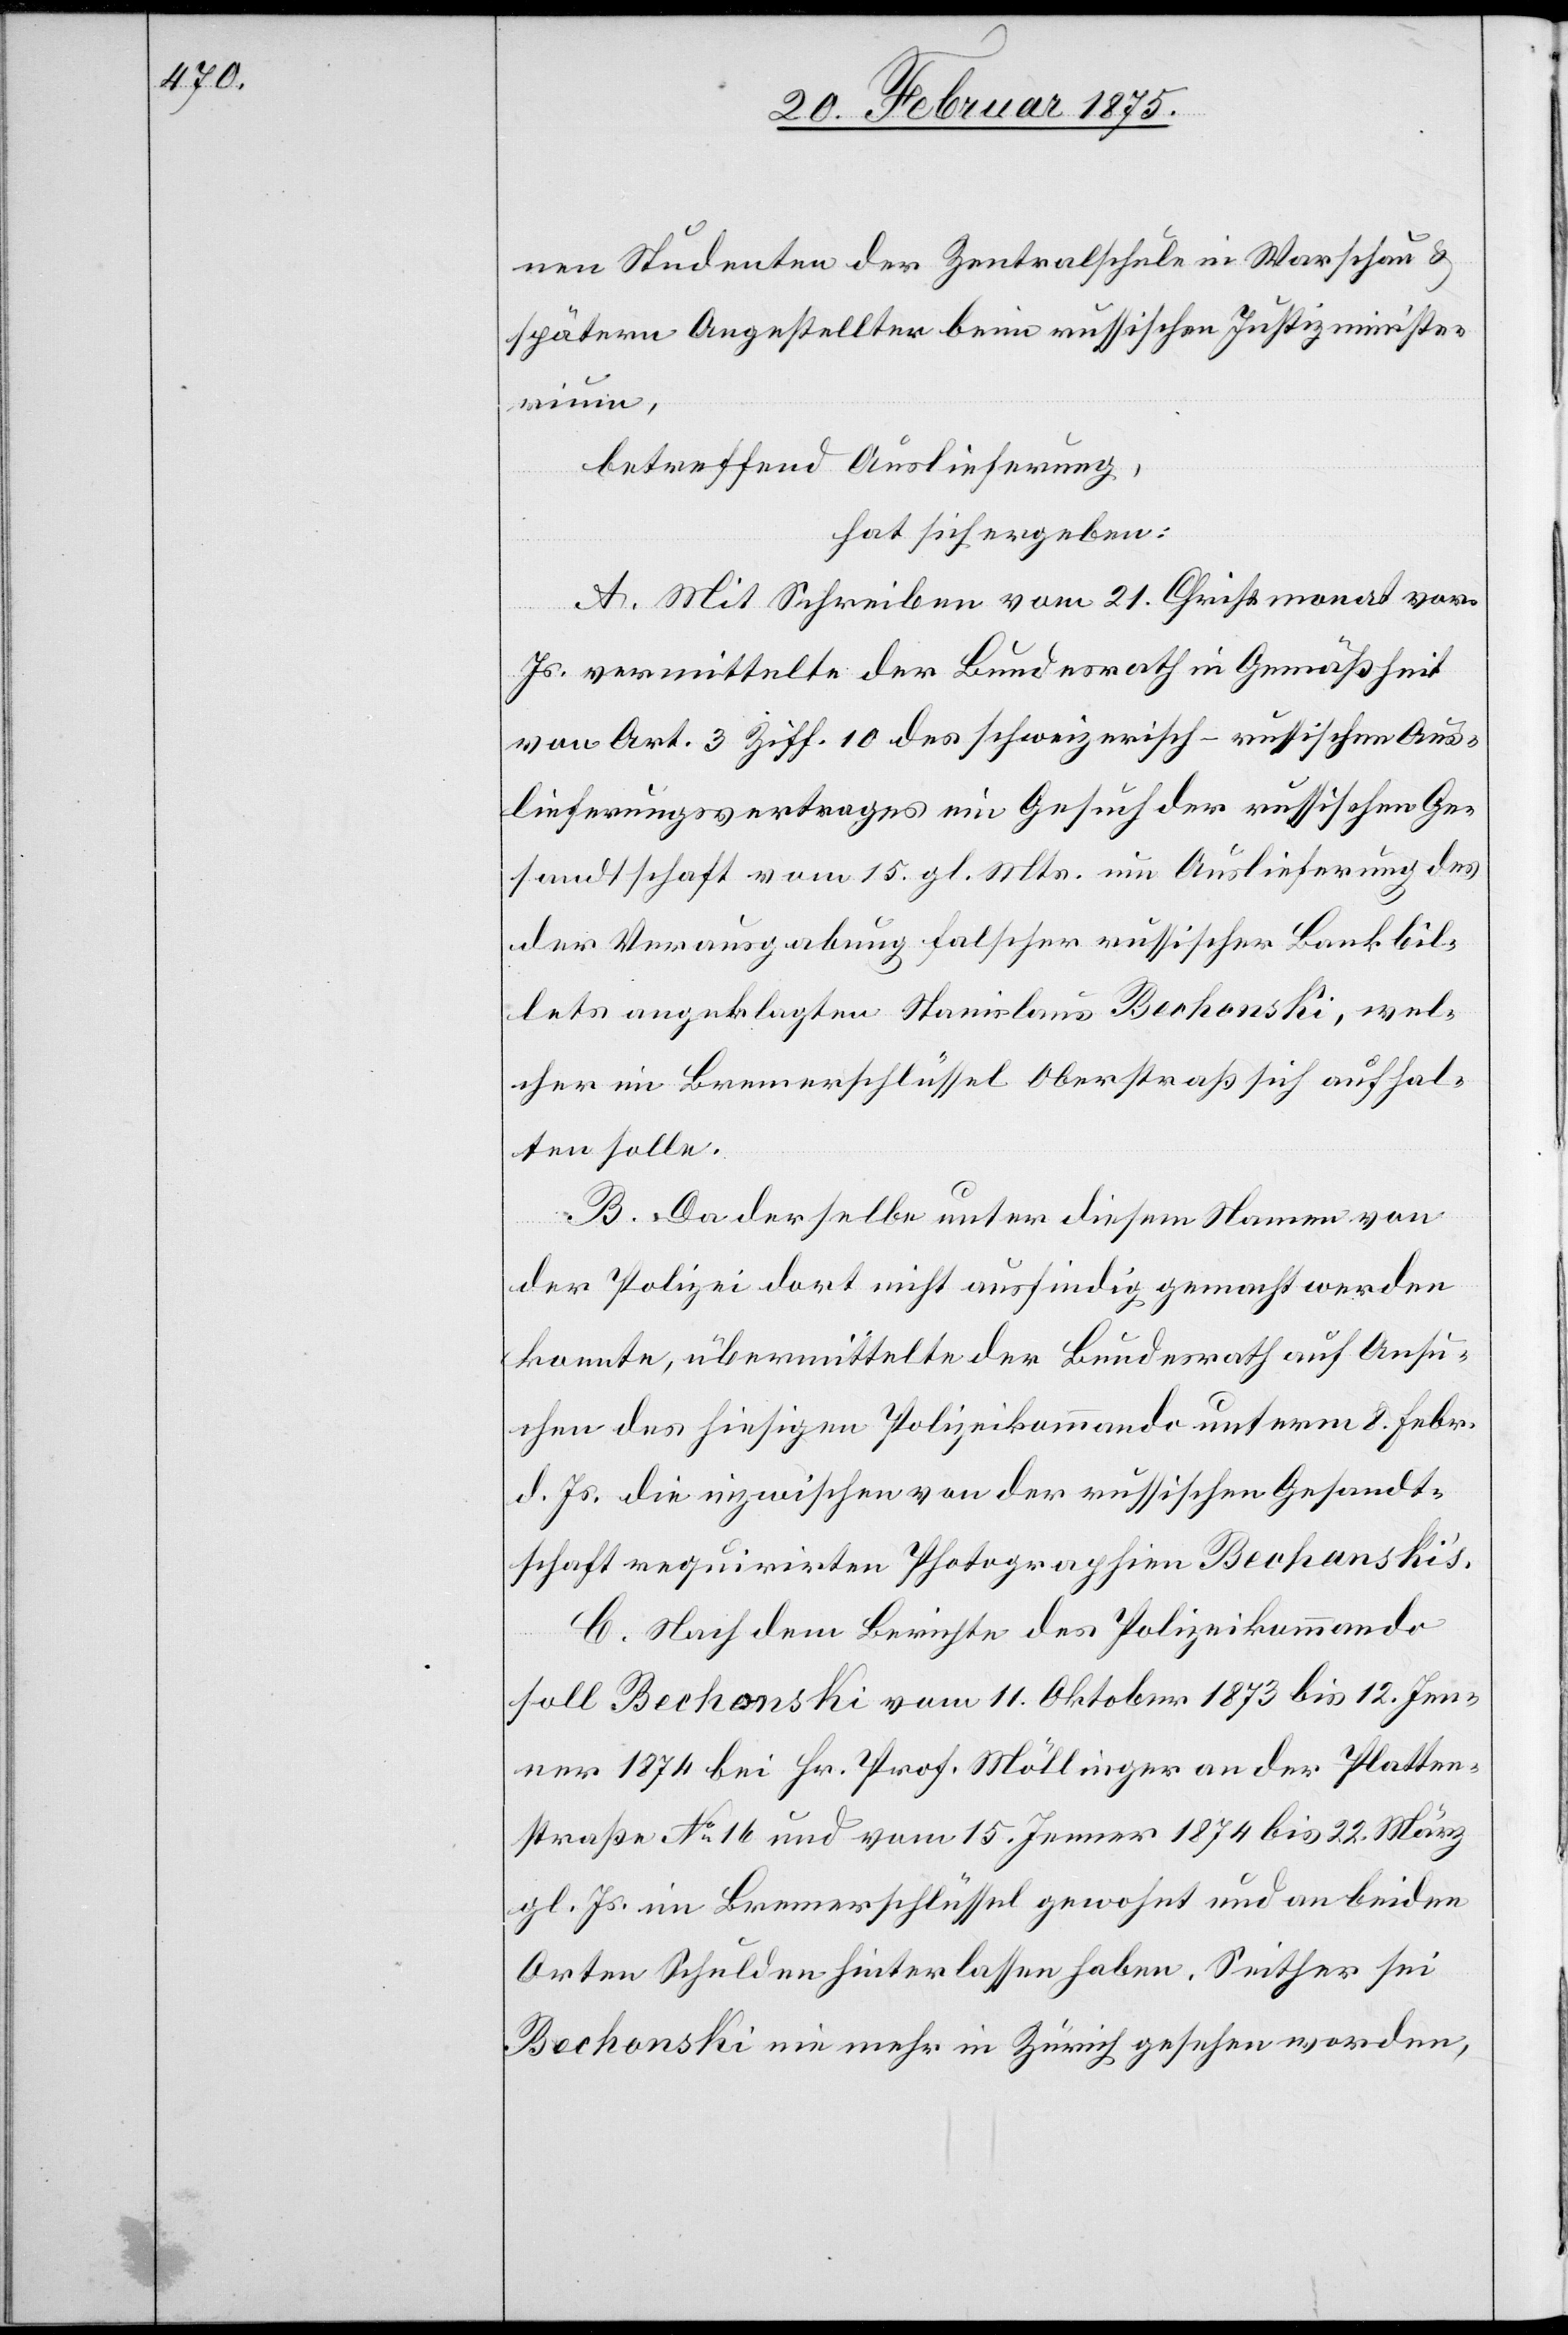
nen Studenten der Zentralschule in Warschau &
spätern Angestellten beim russischen Justizminister¬
ium,
betreffend Auslieferung,
hat sich ergeben:
A. Mit Schreiben vom 21. Christmonat vor.
Js. vermittelte der Bundesrath in Gemäßheit
von Art. 3 Ziff. 10 des schweizerisch-russischen Aus¬
lieferungsvertrages ein Gesuch bei der russischen Ge¬
sandtschaft vom 15. gl. Mts. um Auslieferung des
der Verausgabung falscher russischer Bankbil¬
lets angeklagten Stanislaus Bechonski, wel¬
cher im Bremerschlüssel Oberstraß sich aufhal¬
ten solle.
B. Da derselbe unter diesem Namen von
der Polizei dort nicht ausfindig gemacht werden
konnte, übermittelte der Bundesrath auf Ansu¬
chen des hiesigen Polizeikommando unterm 8. Febr.
d. Js. die inzwischen von der russischen Gesandt¬
schaft requirirten Photographien Bechonski’s.
C. Nach dem Berichte des Polizeikommando
soll Bechonski vom 11. Oktober 1873 bis 12. Jen¬
ner 1874 bei Hr. Prof. Möllinger an der Platten¬
straße No 16 und vom 15. Jenner 1874 bis 22. März
gl. Js. im Bremerschlüssel gewohnt und an beiden
Orten Schulden hinterlassen haben. Seither sei
Bechonski nie mehr in Zürich gesehen worden,